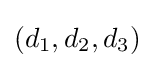
(d_{1},d_{2},d_{3})